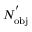
N _ { \mathrm { { o b j } } } ^ { ' }